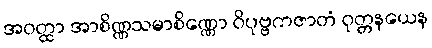
အဝတ္ထာ အာစိဏ္ဏသမာစိဏ္ဏော ဝိပုဗ္ဗကဇာတံ ဝုတ္တနယေန